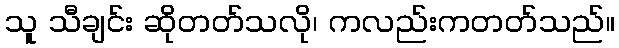
သူ သီချင်း ဆိုတတ်သလို၊ ကလည်းကတတ်သည်။